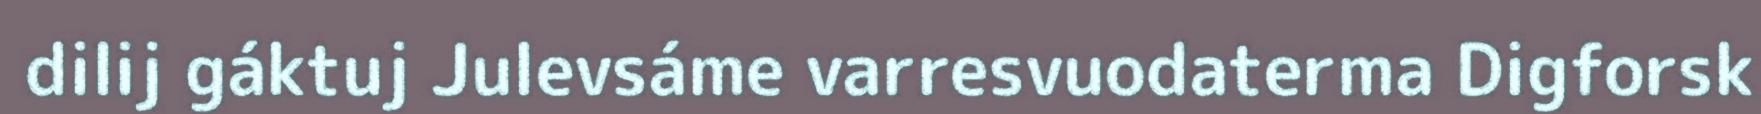
dilij gáktuj Julevsáme varresvuodaterma Digforsk